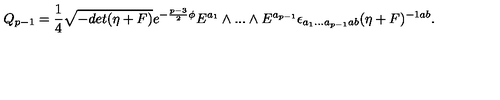
Q _ { p - 1 } = { \frac { 1 } { 4 } } \sqrt { - d e t ( \eta + F ) } e ^ { - { \frac { p - 3 } { 2 } } \phi } E ^ { a _ { 1 } } \wedge . . . \wedge E ^ { a _ { p - 1 } } \epsilon _ { a _ { 1 } . . . a _ { p - 1 } a b } ( \eta + F ) ^ { - 1 a b } .